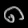
Digit: ၈